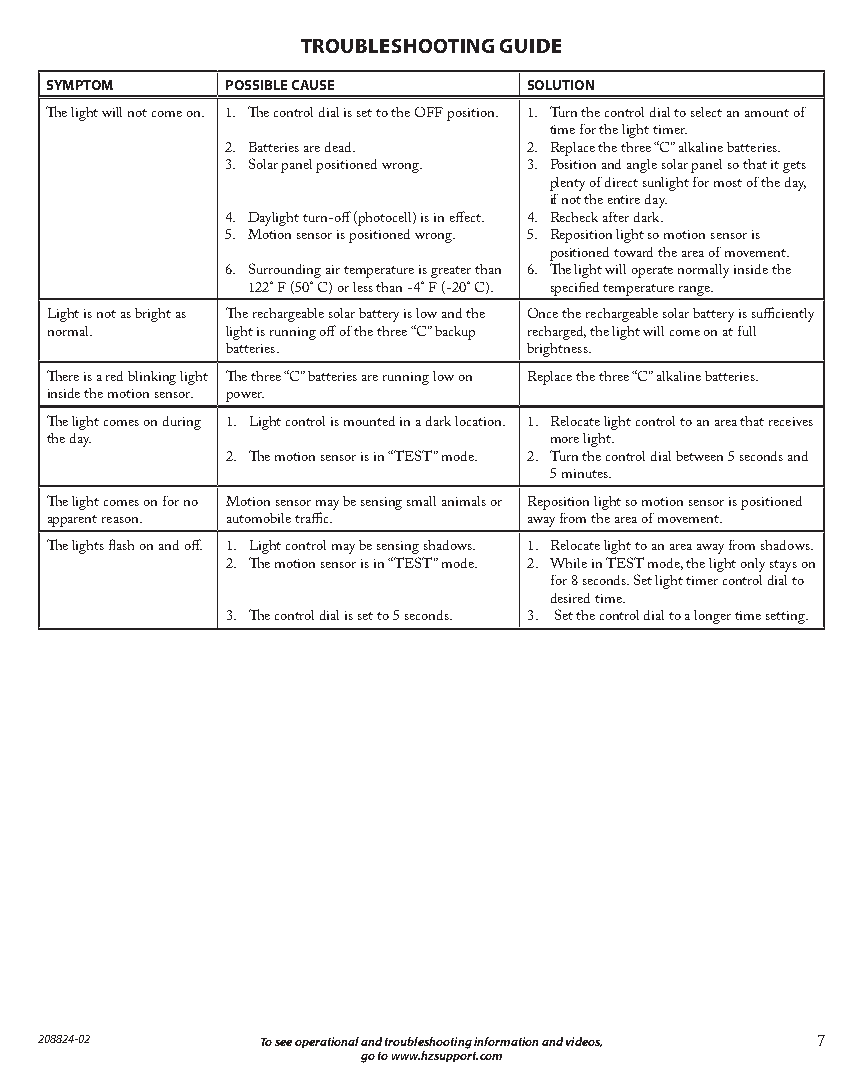
TROUBLESHOOTING GUIDE
 SYMPTOM     POSSIBLE CAUSE      SOLUTION
 The light will not come on. 1. The control dial is set to the OFF position. 1. Turn the control dial to select an amount of
 time for the light timer.
 2. Batteries are dead. 2. Replace the three “C” alkaline batteries.
 3. Solar panel positioned wrong. 3. Position and angle solar panel so that it gets
 plenty of direct sunlight for most of the day,
 if not the entire day.
 4. Daylight turn-off (photocell) is in effect. 4. Recheck after dark.
 5. Motion sensor is positioned wrong. 5. Reposition light so motion sensor is
 positioned toward the area of movement.
 6. Surrounding air temperature is greater than 6. The light will operate normally inside the
 122° F (50° C) or less than -4° F (-20° C). specified temperature range.
 Light is not as bright as The rechargeable solar battery is low and the Once the rechargeable solar battery is sufficiently
 normal.     light is running off of the three “C” backup recharged, the light will come on at full
 batteries.          brightness.
 There is a red blinking light The three “C” batteries are running low on Replace the three “C” alkaline batteries.
 inside the motion sensor. power.
 The light comes on during 1. Light control is mounted in a dark location. 1. Relocate light control to an area that receives
 the day.                         more light.
 2. The motion sensor is in “TEST” mode. 2. Turn the control dial between 5 seconds and
 5 minutes.
 The light comes on for no Motion sensor may be sensing small animals or Reposition light so motion sensor is positioned
 apparent reason. automobile traffic. away from the area of movement.
 The lights flash on and off. 1. Light control may be sensing shadows. 1. Relocate light to an area away from shadows.
 2. The motion sensor is in “TEST” mode. 2. While in TEST mode, the light only stays on
 for 8 seconds. Set light timer control dial to
 desired time.
 3. The control dial is set to 5 seconds. 3. Set the control dial to a longer time setting.
 208824-02      To see operational and troubleshooting information and videos, 7
 go to www.hzsupport.com